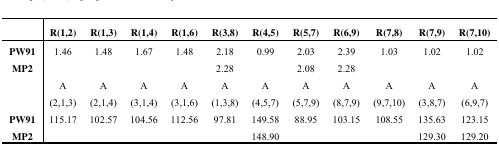
|  | R(1,2) | R(1,3) | R(1,4) | R(1,6) | R(3,8) | R(4,5) | R(5,7) | R(6,9) | R(7,8) | R(7,9) | R(7,10) |
 | --- | --- | --- | --- | --- | --- | --- | --- | --- | --- | --- | --- |
 | PW91 | 1.46 | 1.48 | 1.67 | 1.48 | 2.18 | 0.99 | 2.03 | 2.39 | 1.03 | 1.02 | 1.02 |
 | <ROWSPAN=3> MP2 |  |  |  |  | 2.28 |  | 2.08 | 2.28 |  |  |  |
 | A | A | A | A | A | A | A | A | A | A | A |
 | (2,1,3) | (2,1,4) | (3,1,4) | (3,1,6) | (1,3,8) | (4,5,7) | (5,7,9) | (8,7,9) | (9,7,10) | (3,8,7) | (6,9,7) |
 | PW91 | 115.17 | 102.57 | 104.56 | 112.56 | 97.81 | 149.58 | 88.95 | 103.15 | 108.55 | 135.63 | 123.15 |
 | MP2 |  |  |  |  |  | 148.90 |  |  |  | 129.30 | 129.20 |